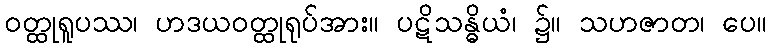
ဝတ္ထုရူပဿ၊ ဟဒယဝတ္ထုရုပ်အား။ ပဋိသန္ဓိယံ၊ ၌။ သဟဇာတ၊ ပေ။